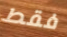
فقط